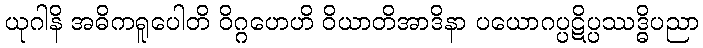
ယုဂါနိ အဓိကရူပေါတိ ဝိဂ္ဂဟေဟိ ဝိယာတိအာဒိနာ ပယောဂပ္ပဋိပ္ပဿဒ္ဓိပညာ